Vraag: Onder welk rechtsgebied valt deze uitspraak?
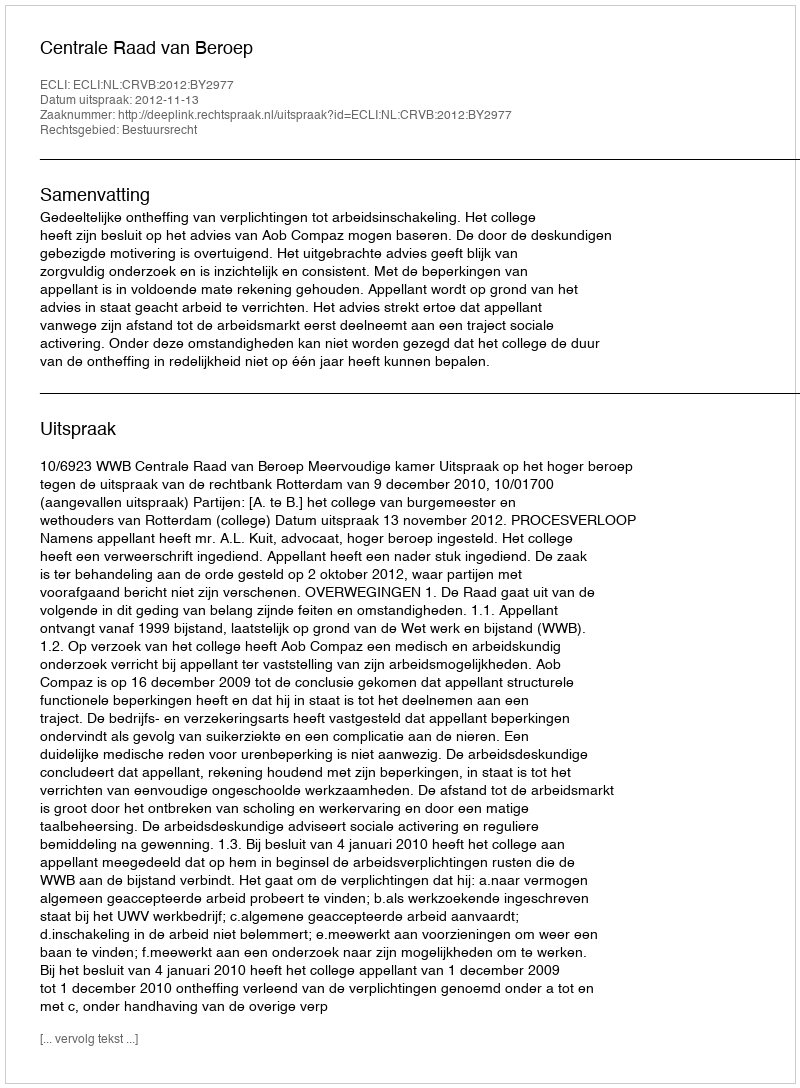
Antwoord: Bestuursrecht